Annual report on the working of the mental hospitals in the Madras Presidency - 1912-1932
Year: 1912
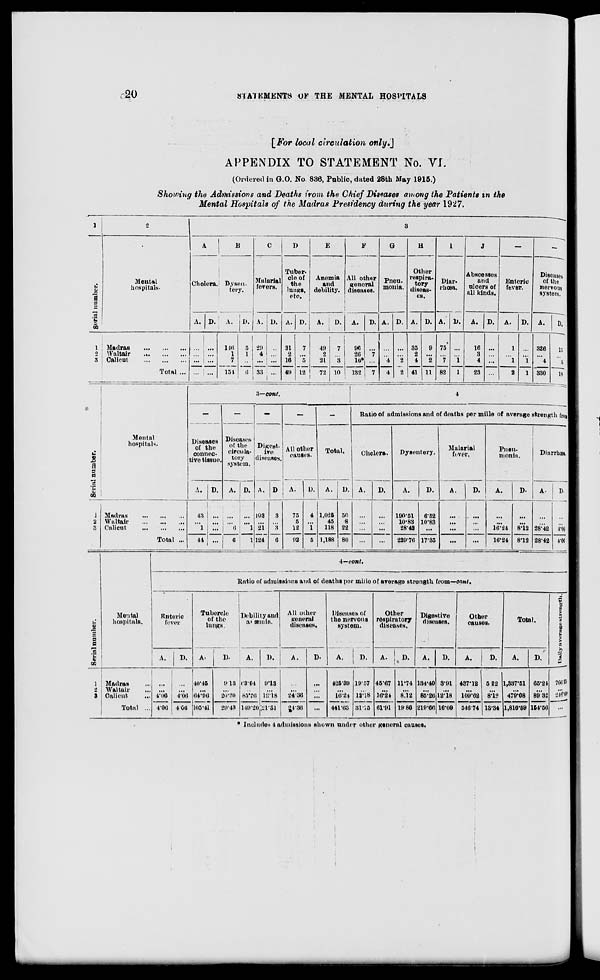
20
STATEMENTS
OF THE MENTAL HOSPITALS
[For local circulation only.]
APPENDIX TO STATEMENT No. VI.
(Ordered in G.O. No. 836, Public, dated 28th May 1915.)
Showing the Admissions and Deaths from the Chief Diseases among the Patients in the
Mental Hospitals of the Madras Presidency during the year 1927.
1
Serial number.
1
2
3
2
Mental
hospitals.
Madras... ... ...
Waltair...
...
...
Calicut...
...
...
Total ...
3
A
Cholera.
A.
...
...
...
...
D.
...
...
...
B
Dysen¬
tery.
A.
146
1
7
154
D.
5
1
..
6
C
Malarial
fevers.
A.
29
4
...
33
D.
..
...
...
...
D
Tuber-
cle of
the
lungs,
etc.
A.
31
2
16
49
D.
7
...
5
12
E
Anemia
and
debility.
A.
49
2
21
72
D.
7
...
3
10
F
All other
general
diseases.
A.
96
26
10*
132
D.
...
7
...
7
G
Pneu¬
monia.
A.
...
...
4
4
D.
...
...
2
2
H
Other
respira-
tory
diseas-
es.
A.
35
2
4
41
D.
9
...
2
11
I
Diar¬
rhœa.
A.
75
...
7
82
D.
...
...
1
1
J
Abscesses
and
ulcers of
all kinds.
A.
16
3
4
23
D.
...
...
...
...
—
Enteric
fever.
A.
1
...
1
2
D.
...
...
1
1
—
Diseases
of the
nervous
system.
A.
326
...
4
330
D.
15
...
3
18
* Includes 4 admissions shown under other general causes.
Serial number.
1
2
3
Mental
hospitals.
Madras ... ... ...
Waltair
...
...
...
Calicut
...
...
...
Total ...
3—cont.
—
Diseases
of the
connec-
tive tissue.
A.
43
...
1
44
D.
...
...
...
...
—
Diseases
of the
circula-
tory
system.
A.
...
...
6
6
D.
...
...
1
1
—
Digest¬
ive
diseases.
A.
103
...
21
124
D
3
...
3
6
—
All other
causes.
A.
75
5
12
92
D.
4
...
1
5
—
Total.
A.
1,025
45
118
1,188
D.
50
.8
22
80
4
Ratio of admissions and of deaths per mille of average strength from
Cholera.
A.
...
...
...
...
D.
...
...
...
...
Dysentery.
A.
190.51
10.83
28.42
229.76
D.
6.52
10.83
...
17.35
Malarial
fever.
A.
...
...
...
...
D.
...
...
...
...
Pneu-
monia.
A.
...
...
16.24
16.24
D.
...
...
8.12
8.12
Dinrrhœa.
A.
...
...
28.42
28.42
D.
...
...
4.06
4.06